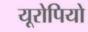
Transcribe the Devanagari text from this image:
यूरोपियो